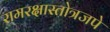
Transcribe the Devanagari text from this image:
रामरक्षास्तोत्रजपे